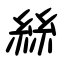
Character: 絲